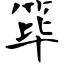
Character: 筚